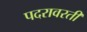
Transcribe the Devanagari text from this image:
पदरावरती